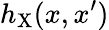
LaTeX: h_{\mathrm{X}}(x,x^{\prime})